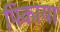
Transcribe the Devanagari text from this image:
पिकाया